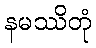
နမဿိတုံ